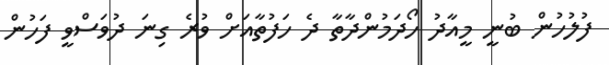
ފުލުހުން ބުނީ މީއާދު ހޯދަމުންދާތާ ދެ ހަފުތާއަށް ވުރެ ގިނަ ދުވަސްވީ ފަހުން